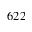
6 2 2